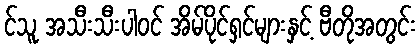
င်သူ အသီးသီးပါဝင် အိမ်ပိုင်ရှင်များနှင့် ဗီတိုအတွင်း